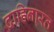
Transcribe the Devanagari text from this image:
दाहिना्रत